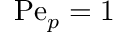
\mathrm { P e } _ { p } = 1